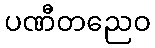
ပဏီတညေဝ